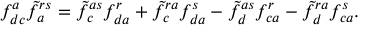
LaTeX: f _ { d c } ^ { a } \tilde { f } _ { a } ^ { r s } = \tilde { f } _ { c } ^ { a s } f _ { d a } ^ { r } + \tilde { f } _ { c } ^ { r a } f _ { d a } ^ { s } - \tilde { f } _ { d } ^ { a s } f _ { c a } ^ { r } - \tilde { f } _ { d } ^ { r a } f _ { c a } ^ { s } .